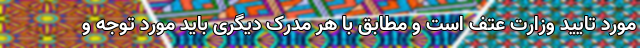
مورد تایید وزارت عتف است و مطابق با هر مدرک دیگری باید مورد توجه و